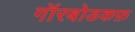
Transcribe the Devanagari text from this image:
गॉरबोडकफ़